Statistical return of the lunatic asylum in Assam - 1912-1932
Year: 1912
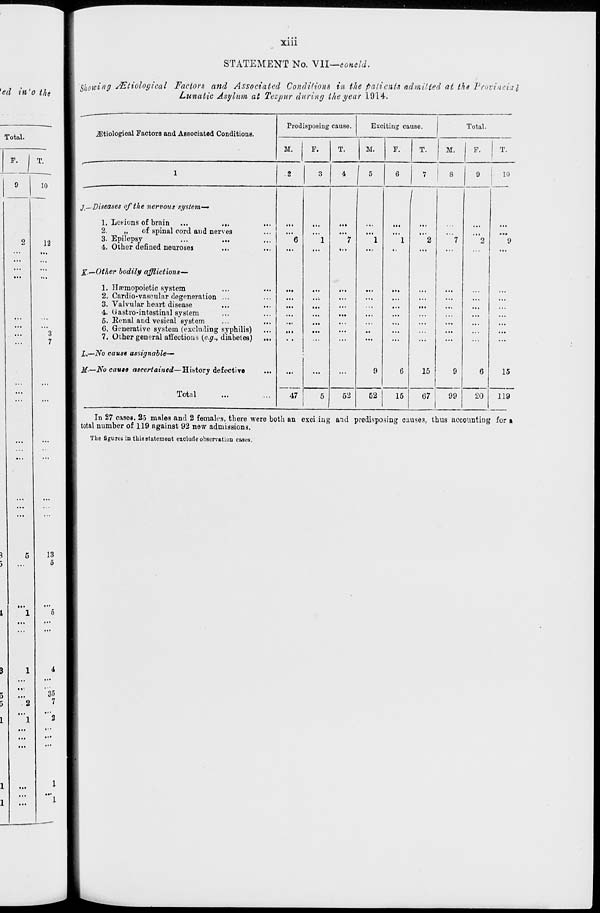
xiii
STATEMENT No. VII—concld.
Showing JEtiological Factors and Associated Conditions in the patients admitted at th« Provincial
Lunatic Asylum at Tezpur during the year 19 L4.
7TCtioloerioal Factors and Associated Conditions.
Prodisposing causo.
Exciting causo.
Total.
-
M.
F.
T.
M.
F.
T.
M.
F.
T.
1
2
3
4
1 5
6
7
8
9 1 10
j t —Diseases of the nervous system,'—
1. Letions of brain ...
...
.
2.
,,
of spinal cord and nerve3
3. Epilepsy
4. Other defined neuroses
...
,
jr.—Other bodily afflictions—
1. Hannopoietic system
2. Cardio-vaseular degeneration ...
3. Valvular heart disease
4. 0astro-intestinal system
5. Konal and vesical system
6. Generative system (excluding syphilis)
7. Other general affections {e.g., diabetes)
L.—No cause assignable—
M-—No came ascertained—History defective
••
"6
1
•
V "l
9
1
6
/
"2
15
•
'7
9
"2
6
*9
15
Total
•■
47
5
52
52
15
67
99
20
119
In 27 casea. 2-5 males and 2 females, there were both an exci iug and predisposing cause.?, thus accounting for a
total number of 119 against 92 new admissions.
The figures in tliia statement exclude observation cases.